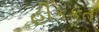
હીકકત